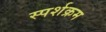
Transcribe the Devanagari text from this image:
स्पर्शक्रम